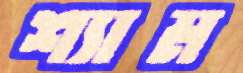
শ্যাম